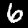
Digit: 6